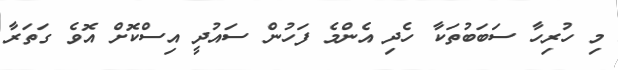
މި ހުރިހާ ސަބަބުތަކާ ހެދި އެންމެ ފަހުން ސައުދީ އިސްކޮށް އޮވެ ގަތަރާ